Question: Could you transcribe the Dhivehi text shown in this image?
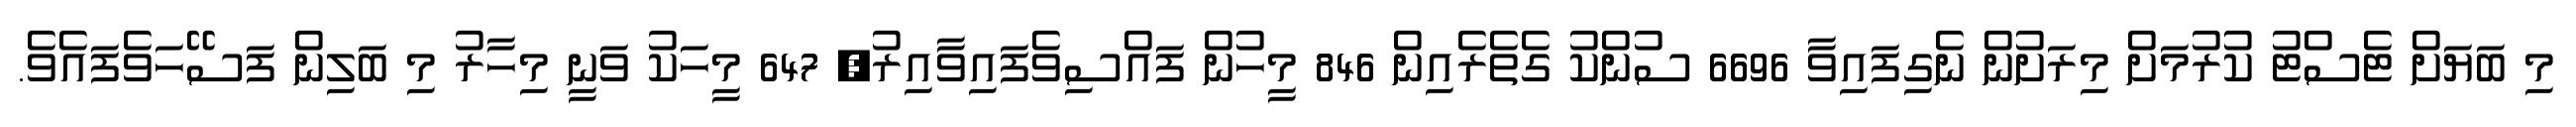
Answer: މި ބަޔަށް ޓެސްޓު ކުރުމަށް މިރަށުން ނެގިފައިވާ 6696 ސުންކު ގެތެރެއިން 846 މީހުން ފައްސިވެފައިވާއިރު, 647 މީހަކު ވަނީ މިހާރު މި ބަލިން ފަސޭހަވެފައެވެ.